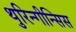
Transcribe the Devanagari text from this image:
थुरिन्गीन्सिस